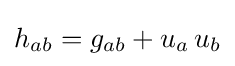
h_{ab}=g_{ab}+u_{a}\,u_{b}